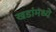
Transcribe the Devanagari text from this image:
खडांमध्ये